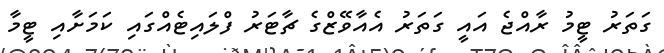
ގަތަރު ޓީމު ރާއްޖެ އައީ ގަތަރު އެއާވޭޒްގެ ޗާޓަރު ފްލައިޓެއްގައި ކަމަށާއި ޓީމާ